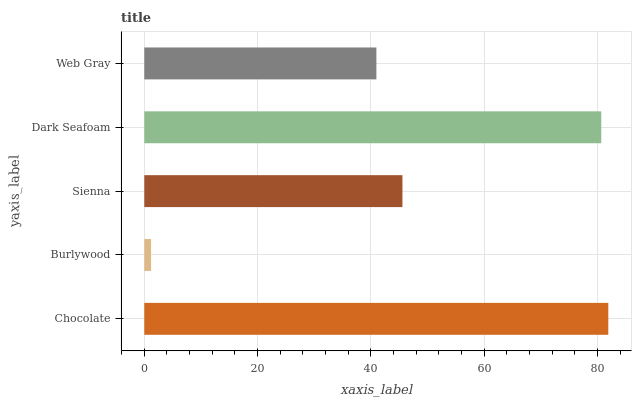
| yaxis_label | bars |
 | --- | --- |
 | Chocolate | 81.9 |
 | Burlywood | 1.2 |
 | Sienna | 45.6 |
 | Dark Seafoam | 80.7 |
 | Web Gray | 41 |